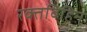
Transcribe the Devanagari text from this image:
रक्तविहिन